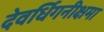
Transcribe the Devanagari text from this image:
देवर्धिगनीक्षमा